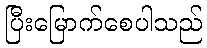
ပြီးမြောက်စေပါသည်